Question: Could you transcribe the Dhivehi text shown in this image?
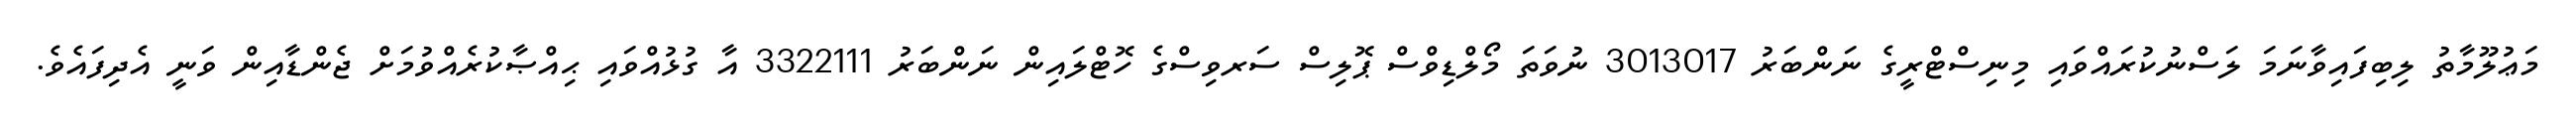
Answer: މަޢުލޫމާތު ލިބިފައިވާނަމަ ލަސްނުކުރައްވައި މިނިސްޓްރީގެ ނަންބަރު 3013017 ނުވަތަ މޯލްޑިވްސް ޕޮލިސް ސަރވިސްގެ ހޮޓްލައިން ނަންބަރު 3322111 އާ ގުޅުއްވައި ޙިއްޞާކުރެއްވުމަށް ޖެންޑާއިން ވަނީ އެދިފައެވެ.